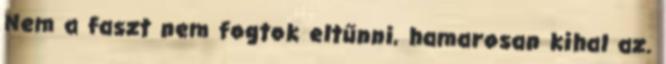
Nem a faszt nem fogtok eltűnni, hamarosan kihal az.